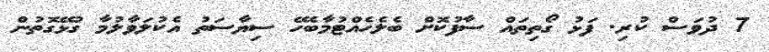
7 ދުވަސް ކުރި. ފަޅު ގޯތިތައް ސާފުކޮށް ބެލެހެއްޓުމާބެހޭ ސިޔާސަތު އެކުލަވާލުމާ ގުޅޭގޮތުން